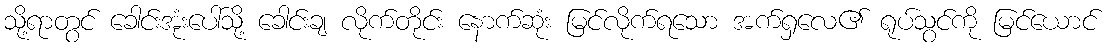
သို့ရာတွင် ခေါင်းအုံးပေါ်သို့ ခေါင်းချ လိုက်တိုင်း နောက်ဆုံး မြင်လိုက်ရသော အက်ရှလေ၏ ရုပ်သွင်ကို မြင်ယောင်